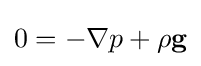
0=-\nabla p+\rho \mathbf {g}